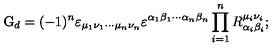
\mathrm { G } _ { d } = ( - 1 ) ^ { n } \varepsilon _ { \mu _ { 1 } \nu _ { 1 } \cdots \mu _ { n } \nu _ { n } } \varepsilon ^ { \alpha _ { 1 } \beta _ { 1 } \cdots \alpha _ { n } \beta _ { n } } \prod _ { i = 1 } ^ { n } R _ { \alpha _ { i } \beta _ { i } } ^ { \mu _ { i } \nu _ { i } } ;